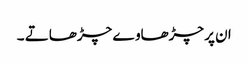
ان پر چڑھاوے چڑھاتے ۔